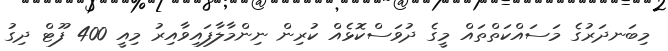
މިބަނދަރުގެ މަސައްކަތްތައް މީގެ ދުވަސްކޮޅެއް ކުރިން ނިންމާލާފައިވާއިރު މިއީ 400 ފޫޓް ދިގު